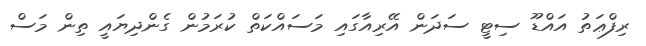
ރިފްޢަތު އައްޑޫ ސިޓީ ސަދަން އޭރިއާގައި މަސައްކަތް ކުރަމުން ގެންދިޔައީ ތިން މަސް